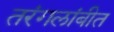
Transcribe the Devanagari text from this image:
तरंगलांबीत